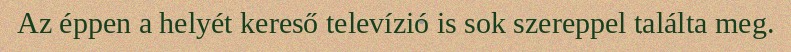
Az éppen a helyét kereső televízió is sok szereppel találta meg.